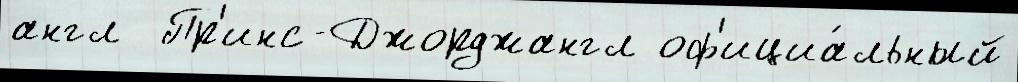
англ  Пр'инс-Джорджангл оф'ициа́льный